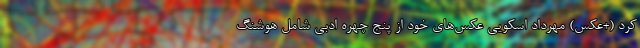
کرد (+عکس) مهرداد اسکویی عکس‌های خود از پنج چهره‌ ادبی شامل هوشنگ